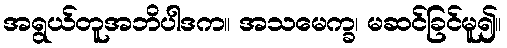
အရွယ်တူအဘိပါဒက။ အသမေက္ခ၊ မဆင်ခြင်မူ၍။